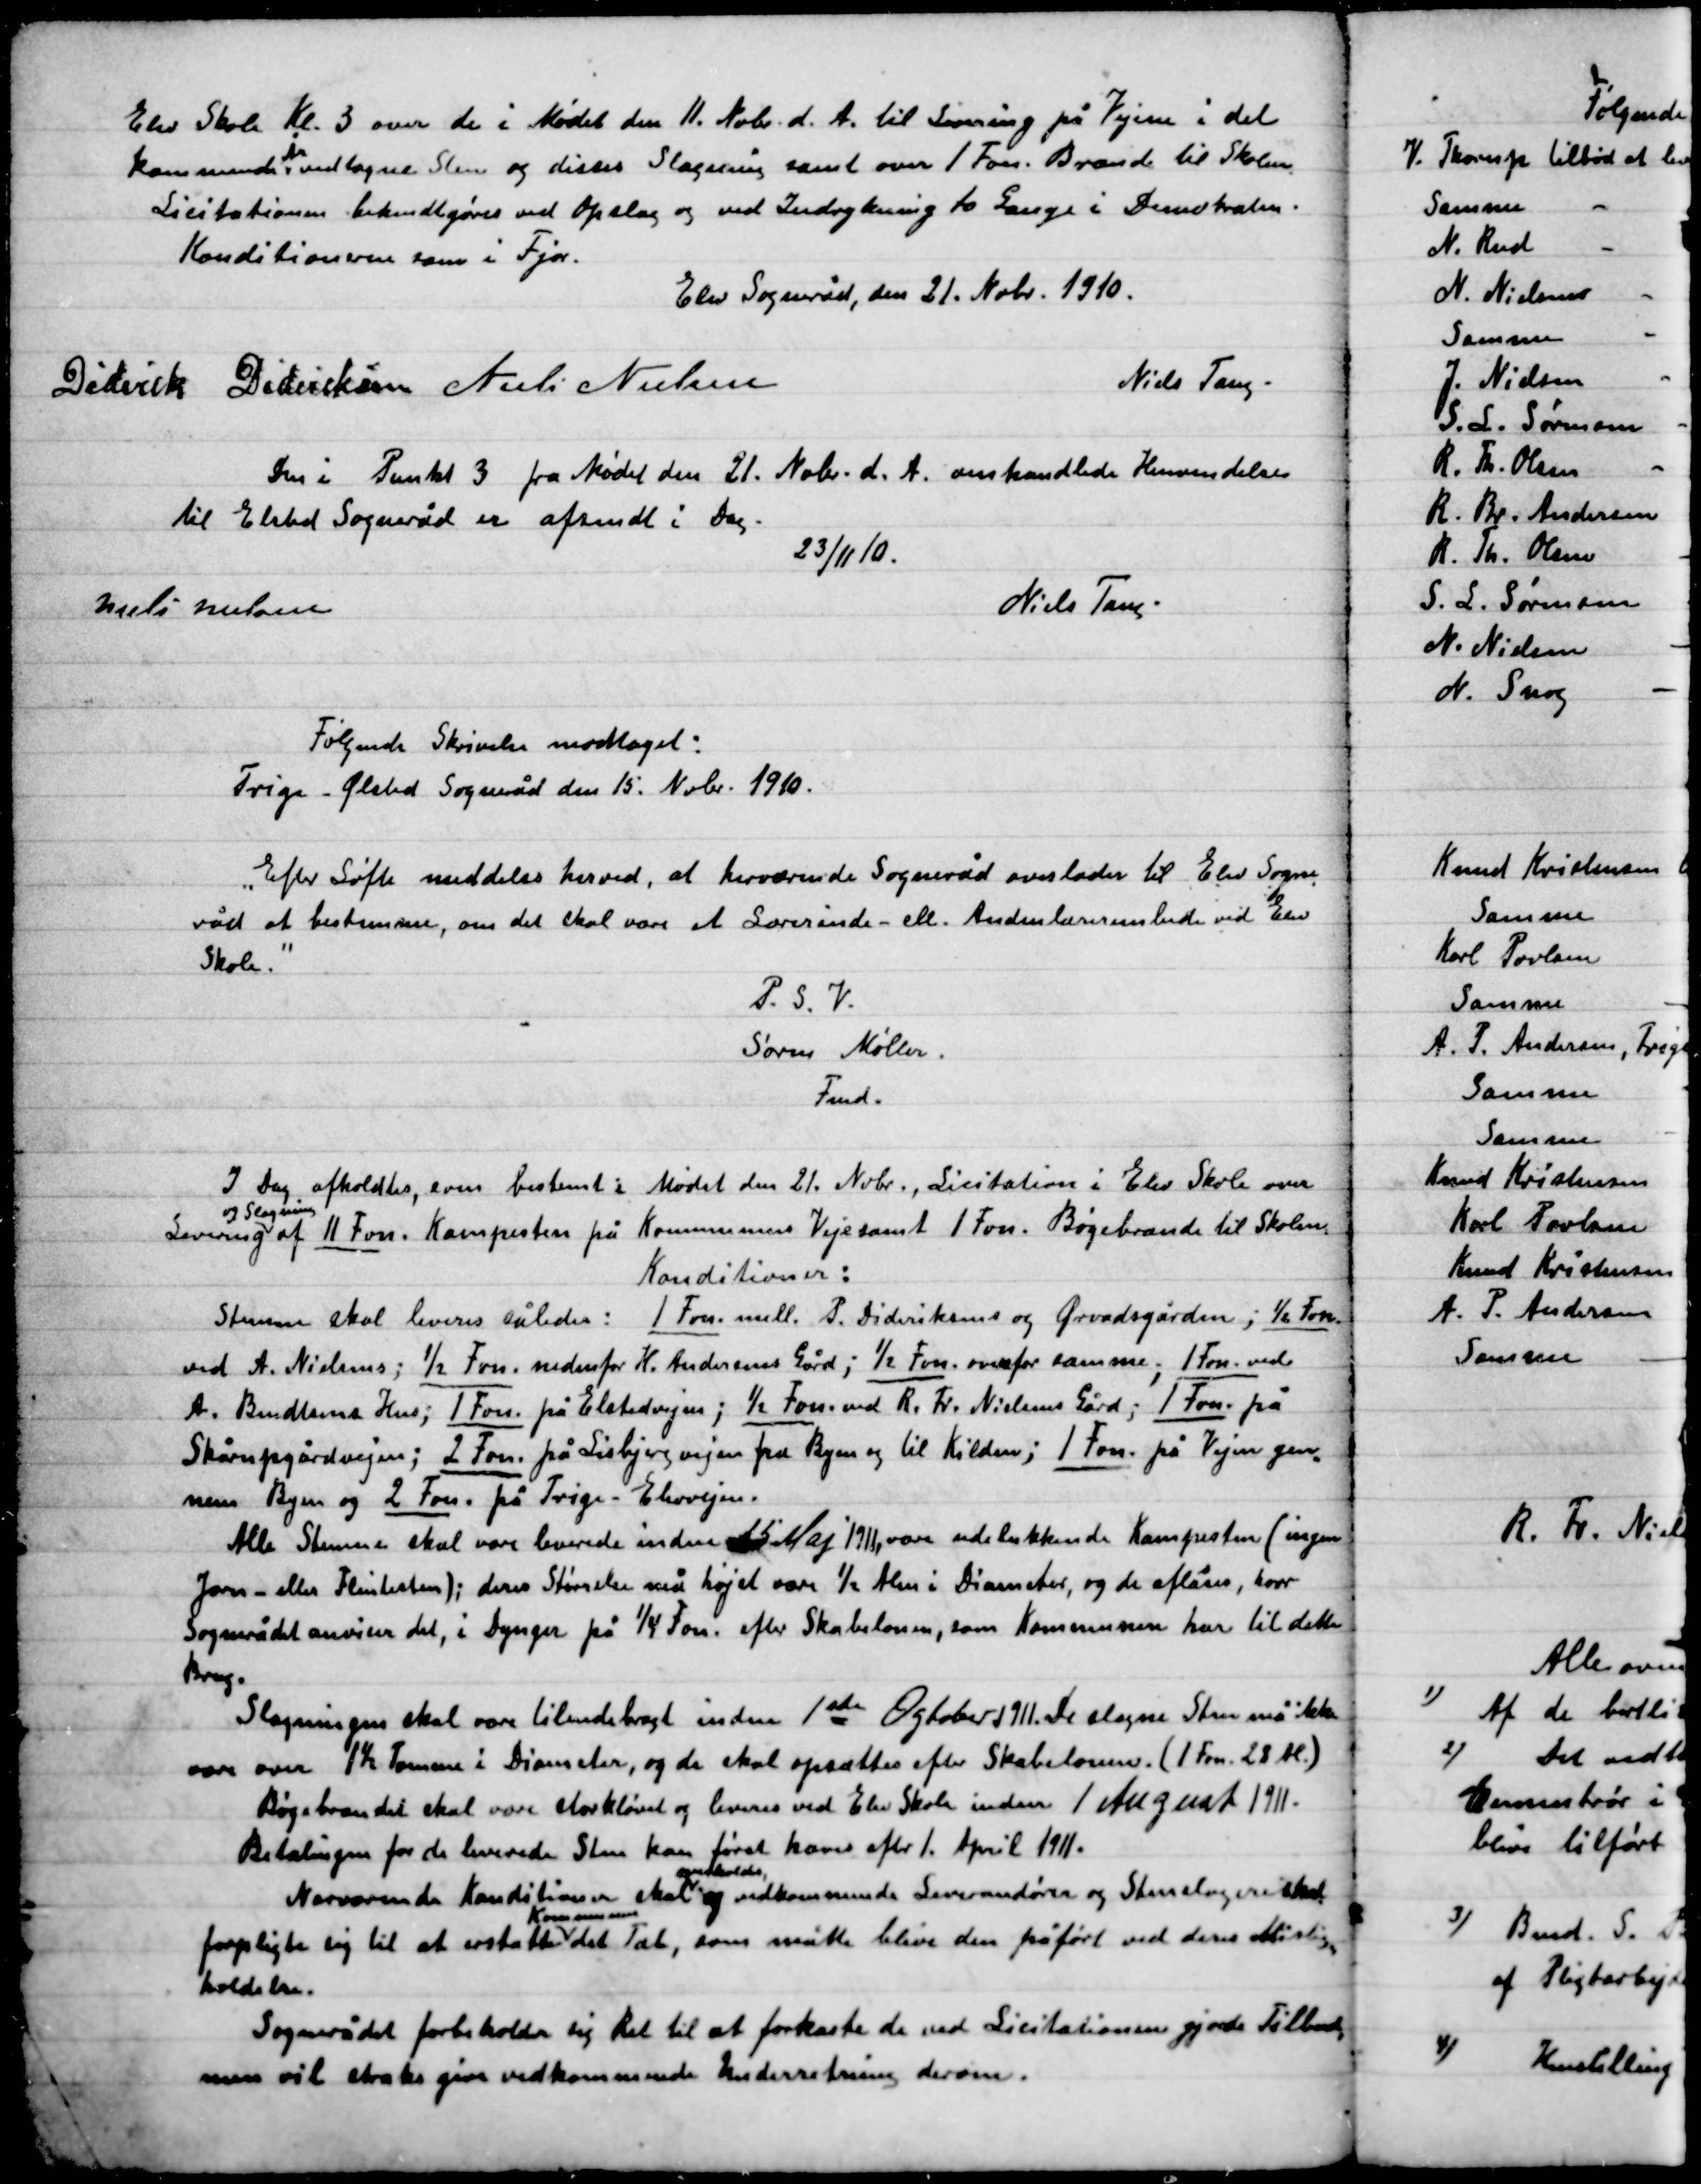
Transskription:
Elev Skole Kl. 3 over de i Mødet den 11. Nobr. d. A. til Levering på Vejen i det
kommende År modtagne Sten og disses Slagning samt 1 Fvn. Brænde til Skolen
Licitationen bekendtgøres ved Opslag og ved Indrykning to Gange i Demokraten
Konditionen som i Fjor.

Elev Sogneråd, den 21. Nobr. 1910.

Diderik Dideriksen
Niels Nielsen
Niels Tang.

Den i Punkt 3 fra Mødet den 21. Nobr. d. A. omhandlede Henvendelse
til Elsted Sogneråd er afsendt i Dag.
23/11 10.
Niels Nielsen
Niels Tang.

Følgende Skrivelse modtaget:
Trige-Ølsted Sogneråd den 15. Nobr. 1910.
”Efter Løfte meddeles herved, at herværende Sogneråd overlader til Elsted Sogne-
råd at bestemme, om det skal være et Lærerinde – eller Anden lærerembede ved Elev
Skole”.
P.S.V.
Søren Møller
Fmd.

I Dag afholdtes, som bestemt i Mødet den 21. Nobr., Licitation i Elev skole over
Levering
og Slagning
af 11 Fvn. Kampesten på Kommunens Vejamt 1 Fvn. Bøgebrænde til Skolen.
Konditioner:
Stenene skal leveres således: 1 Fvn. mell. B. Dideriksen og Ørvad gården ; ½ Fvn.
ved A. Nielsen; ½ Fvn. nedenfor H. Andersens Gård; ½ Fvn. overfor samme; 1 Fvn. ved
A.	Bundlems Hus; 1 Fvn. på Elstedvejen; ½ Fvn. ved R. Fr. Nielsens Gård; 1 Fvn. på
Skårupgårdvejen; 2 Fvn. på Lisbjerg fra Byen til Kilden; 1 Fvn. på Vejen gen-
nem Byen og 2 Fvn. på Trige-Elevvejen.
Alle Stenene skal være leverede inden 15 Maj 1911, være udelukkende Kampesten (ingen
Jærn eller Flintesten); deres Størrelse må højest være ½ Alen i Diameter, og de aflæsses, hvor
Sognerådet anviser det, i Dynger på ¼ Fvn. efter Skabeloner, som Kommunen har til dette
Brug.
Slagningen skal være tilendebragt inden 1ste Ogtober 1911. De slagne Sten må ikke
være over 1½ Tomme i Diameter, og de skal opsættes efter Skabeloner (1 Fvn. 28 Al.)
Bøgebrændet skal være stavkløvet og leveres ved Elev Skole inden 1 August 1911.
Betalingen for de leverede Sten kan først hæves efter 1. April 1911.
Nærværende kondition skal
 anholdes
og vedkommende Leverandører og Stenslagere skal
forpligte sig til at erstatte
Kommunen
det Tab, som måtte blive den påført ved deres Mislig-
holdelse.
Sognerådet forbeholder sig Ret til at forkaste de ved Licitationen gjorte Tilbud
men vil straks give vedkommende Underretning derom.